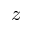
z